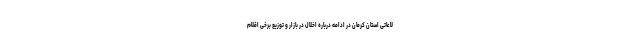
لاعاتی استان کرمان در ادامه درباره اخلال در بازار و توزیع برخی اقلام